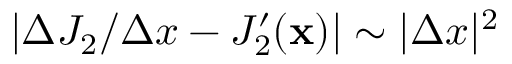
| \Delta J _ { 2 } / \Delta x - J _ { 2 } ^ { \prime } ( \mathbf x ) | \sim | \Delta x | ^ { 2 }